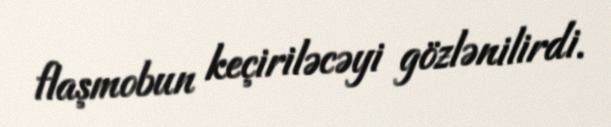
flaşmobun keçiriləcəyi gözlənilirdi.